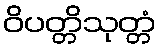
ဝိပတ္တိသုတ္တံ